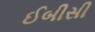
ઈબીસી